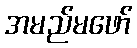
အမည်မဖော်